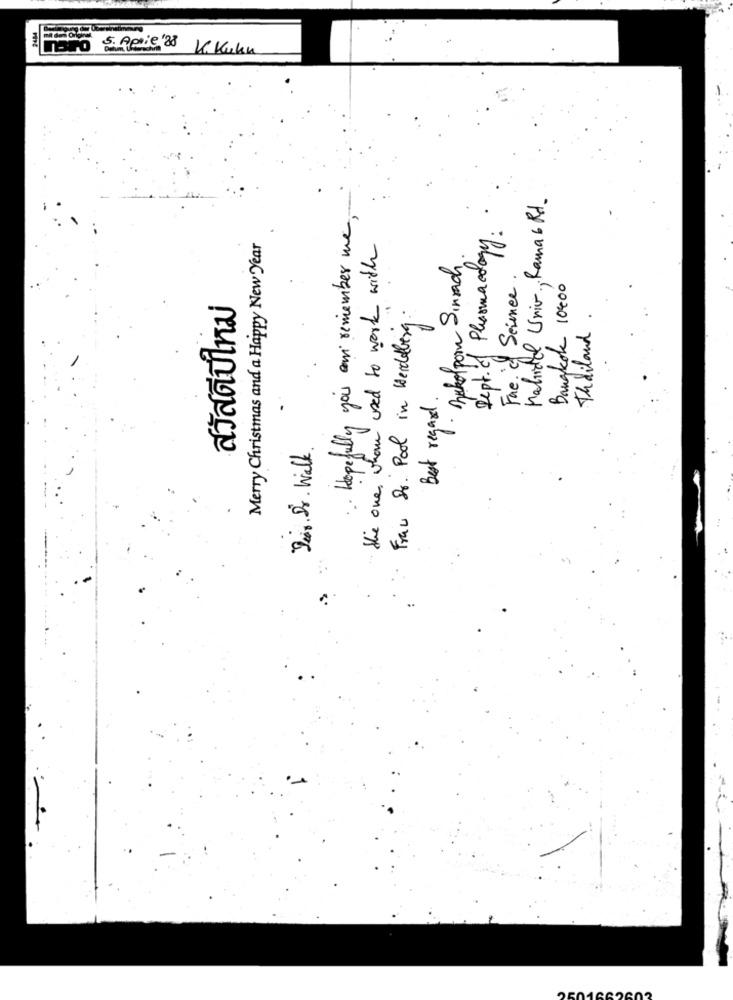
34M
nairo S. ferie 28 K. Kuku
Mahidol Univ, Rama 6 Rd.
·· Hopefully you can remember me
Dept. of Pharmacology:
Merry Christmas and a Happy New Year
" the one whom used to work with
1. Bukolporn Sinsach
Fre i Seiner.
Bangkok 10400
Frau Dr. Pool in Heidelberg.
Thailand
1G
Best regard
.
Dig. Dr . Walk.